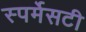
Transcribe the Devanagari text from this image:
स्पर्मेसटी